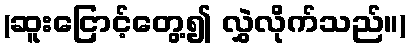
(ဆူးငြောင့်တွေ့၍ လွှဲလိုက်သည်။)